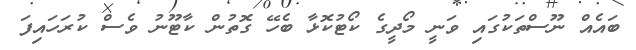
ބައެއް ނޫސްތަކުގައި ވަނީ މޯދީގެ ކޯޓުކޮޅާ ބެހޭ ގޮތުން ކާޓޫނު ވެސް ކުރަހައިފަ